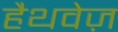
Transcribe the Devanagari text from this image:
हैथवेज़